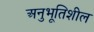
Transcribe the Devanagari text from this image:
अनुभूतिशील